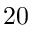
\boldsymbol { 2 0 }